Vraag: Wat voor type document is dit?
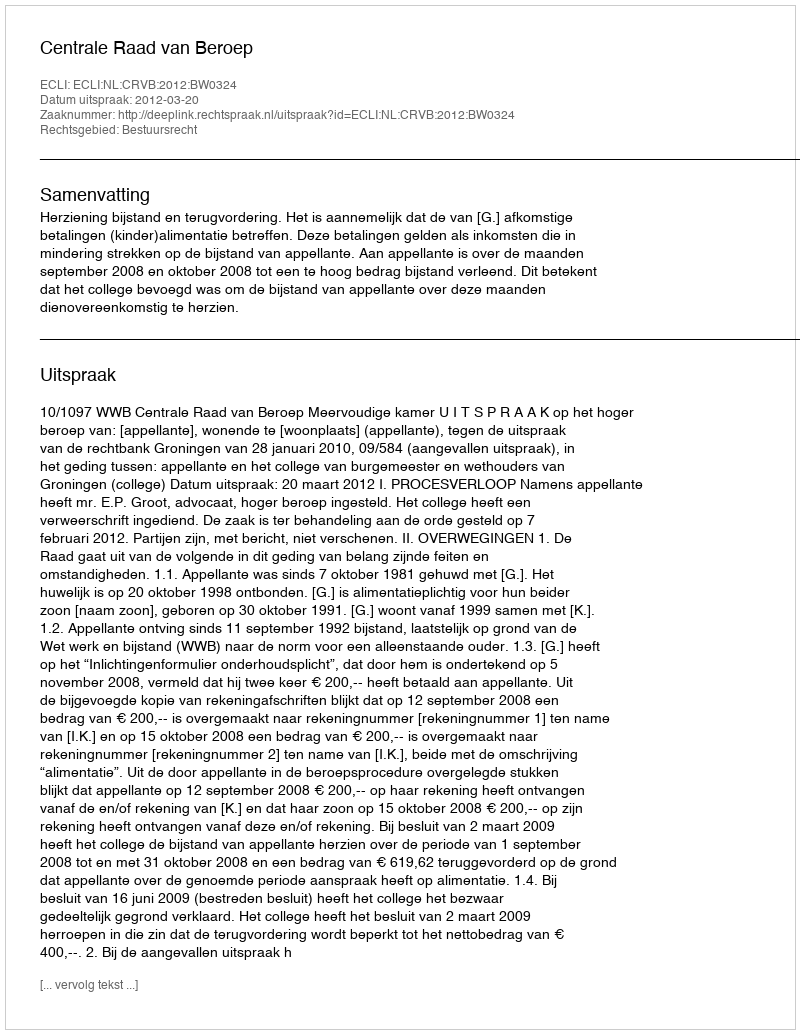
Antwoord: Uitspraak